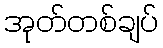
အုတ်တစ်ချပ်